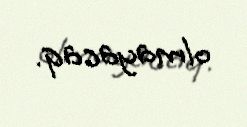
olmayacaq.